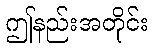
ဤနည်းအတိုင်း